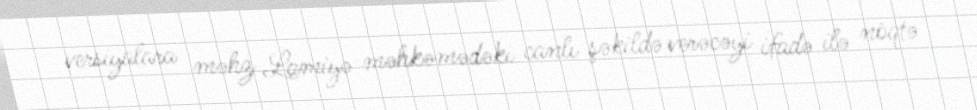
versiyalara məhz Lamiyə məhkəmədəki canlı şəkildə verəcəyi ifadə ilə nöqtə